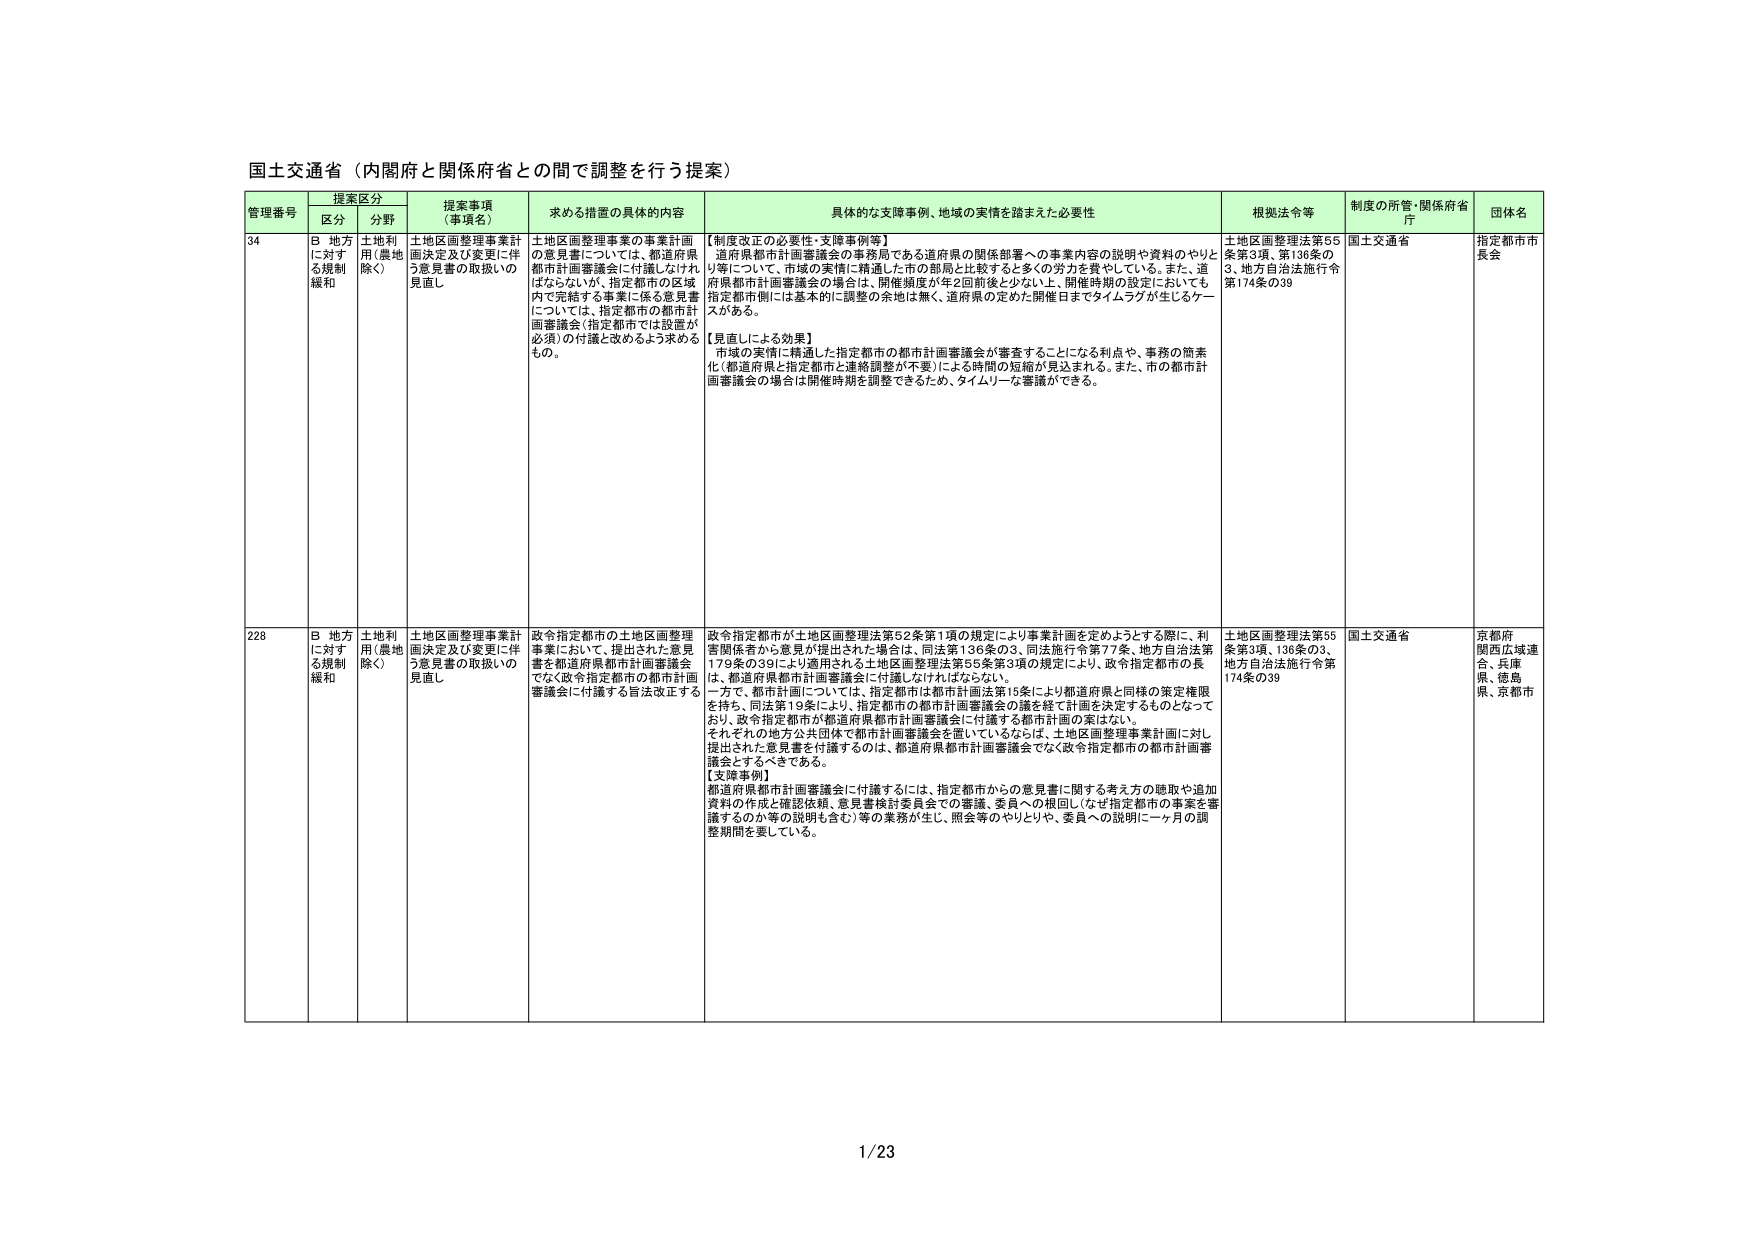
国土交通省（内閣府と関係府省との間で調整を行う提案）

管理番号 提案区分 提案事項（事項名） 求める措置の具体的内容 具体的な支援事例、地域の実情を踏まえた必要性 根拠法令等 制度の所管・関係府省庁 団体名
区分 分野
34 B 地方に対する規制緩和 土地利用（農地除く） 土地区画整理事業計画決定及び変更に伴う意見書の取扱いの見直し 土地区画整理事業の事業計画の意見書については、都道府県都市計画審議会に付議しなければならないが、指定都市の区域内で完結する事業に係る意見書については、指定都市の都市計画審議会（指定都市では設置が必須）の付議と改めるよう求めるもの。 【制度改正の必要性・支援事例等】
道府県都市計画審議会の事務局である道府県の関係部署への事業内容の説明や資料のやりとり等について、市域の実情に精通した市の部局と比較すると多くの労力を費やしている。また、道府県都市計画審議会の場合は、開催頻度が年2回前後と少ない上、開催時期の設定においても指定都市側には基本的に調整の余地は無く、道府県の定めた開催日までタイムラグが生じるケースがある。
【見直しによる効果】
市域の実情に精通した指定都市の都市計画審議会が審査することになる利点や、事務の簡素化（都道府県と指定都市と連絡調整が不要）による時間の短縮が見込まれる。また、市の都市計画審議会の場合は開催時期を調整できるため、タイムリーな審議ができる。 土地区画整理法第55条第3項、第136条の3、地方自治法施行令第174条の39 国土交通省 指定都市市長会
228 B 地方に対する規制緩和 土地利用（農地除く） 土地区画整理事業計画決定及び変更に伴う意見書の取扱いの見直し 政令指定都市の土地区画整理事業において、提出された意見書を都道府県都市計画審議会でなく政令指定都市の都市計画審議会に付議する旨法改正する 政令指定都市が土地区画整理法第52条第1項の規定により事業計画を定めようとする際に、利害関係者から意見が提出された場合は、同法第136条の3、同法施行令第77条、地方自治法第179条の39により適用される土地区画整理法第55条第3項の規定により、政令指定都市の長は、都道府県都市計画審議会に付議しなければならない。
一方で、都市計画については、指定都市は都市計画法第15条により都道府県と同様の策定権限を持ち、同法第19条により、指定都市の都市計画審議会の議を経て計画を決定するものとなっており、政令指定都市が都道府県都市計画審議会に付議する都市計画の案はない。
それぞれの地方公共団体で都市計画審議会を置いているならば、土地区画整理事業計画に対し提出された意見書を付議するのは、都道府県都市計画審議会でなく政令指定都市の都市計画審議会とするべきである。
【支援事例】
都道府県都市計画審議会に付議するには、指定都市からの意見書に関する考え方の聴取や追加資料の作成・確認依頼、意見書検討委員会での審議、委員への根回し（なぜ指定都市の事業を審議するのか等の説明も含む）等の業務が生じ、照会等のやりとりや、委員への説明に一ヶ月の調整期間を要している。 土地区画整理法第55条第3項、136条の3、地方自治法施行令第174条の39 国土交通省 京都府、関西広域連合、兵庫県、徳島県、京都市

1/23